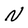
Character: N